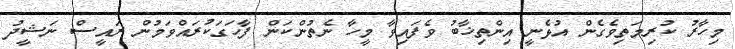
މިހާރު ކުރިމަތިވެގެން އުޅެނީ އިންތިޚާބު ވެފައިވާ މީހާ ނެތުންކަން ފާހަގަކުރައްވަމުން ރައީސް ނަޝީދު